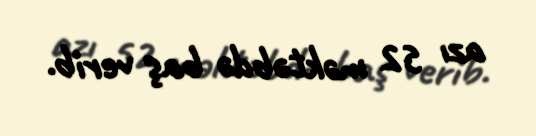
azı 52 məktəbdə baş verib.